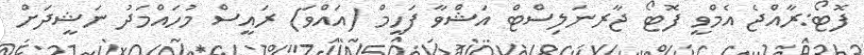
ފޮޓޯ:ރާއްޖެ އެމްވީ ފޮޓޯ ޖާރނަލިސްޓް އަޝްވާ ފަހީމް (އައްވަ) ރައީސް މުހައްމަދު ނަޝީދަށް